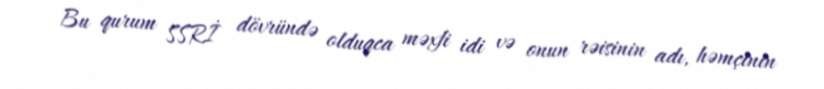
Bu qurum SSRİ dövründə olduqca məxfi idi və onun rəisinin adı, həmçinin